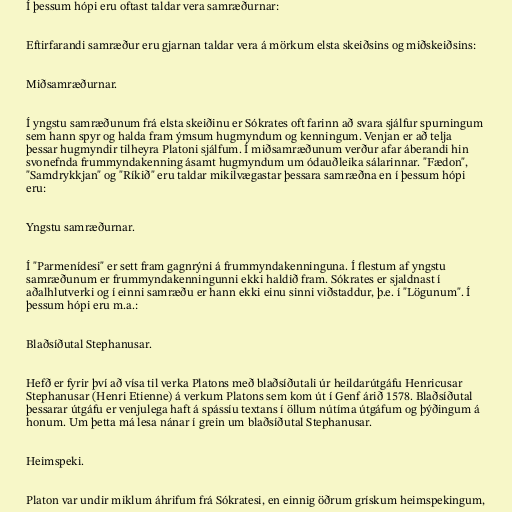
Í þessum hópi eru oftast taldar vera samræðurnar:

Eftirfarandi samræður eru gjarnan taldar vera á mörkum elsta skeiðsins og miðskeiðsins:

Miðsamræðurnar.

Í yngstu samræðunum frá elsta skeiðinu er Sókrates oft farinn að svara sjálfur spurningum
sem hann spyr og halda fram ýmsum hugmyndum og kenningum. Venjan er að telja
þessar hugmyndir tilheyra Platoni sjálfum. Í miðsamræðunum verður afar áberandi hin
svonefnda frummyndakenning ásamt hugmyndum um ódauðleika sálarinnar. "Fædon",
"Samdrykkjan" og "Ríkið" eru taldar mikilvægastar þessara samræðna en í þessum hópi
eru:

Yngstu samræðurnar.

Í "Parmenídesi" er sett fram gagnrýni á frummyndakenninguna. Í flestum af yngstu
samræðunum er frummyndakenningunni ekki haldið fram. Sókrates er sjaldnast í
aðalhlutverki og í einni samræðu er hann ekki einu sinni viðstaddur, þ.e. í "Lögunum". Í
þessum hópi eru m.a.:

Blaðsíðutal Stephanusar.

Hefð er fyrir því að vísa til verka Platons með blaðsíðutali úr heildarútgáfu Henricusar
Stephanusar (Henri Etienne) á verkum Platons sem kom út í Genf árið 1578. Blaðsíðutal
þessarar útgáfu er venjulega haft á spássíu textans í öllum nútíma útgáfum og þýðingum á
honum. Um þetta má lesa nánar í grein um blaðsíðutal Stephanusar.

Heimspeki.

Platon var undir miklum áhrifum frá Sókratesi, en einnig öðrum grískum heimspekingum,